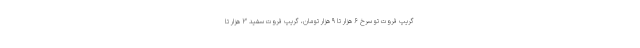
گریپ فروت تو سرخ ۶ هزار تا ۹ هزار تومان، گریپ فروت سفید ۳ هزار تا